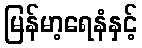
မြန်မာ့ရေနံနှင့်